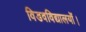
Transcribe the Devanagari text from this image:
विडवविद्यालयों।